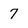
Character: 7